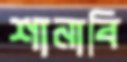
শানাবি